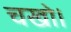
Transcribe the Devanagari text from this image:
चखो।